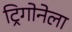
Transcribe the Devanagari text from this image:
ट्रिगोनेला